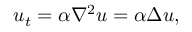
u _ { t } = \alpha \nabla ^ { 2 } u = \alpha \Delta u , \quad